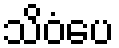
သိဝံပေ